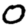
Digit: 0